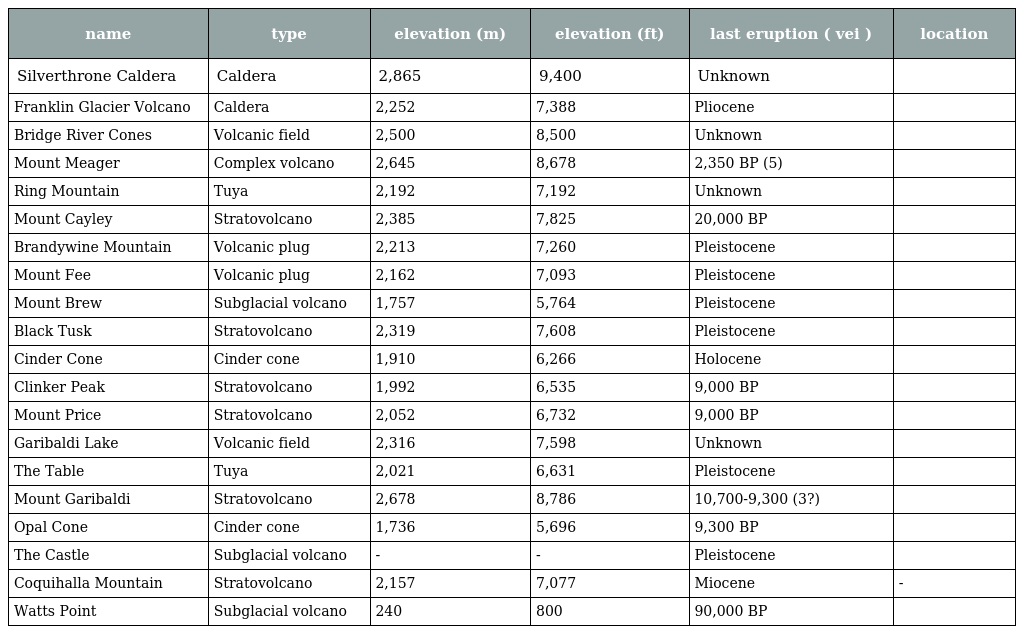
| name | type | elevation (m) | elevation (ft) | last eruption ( vei ) | location |
 | --- | --- | --- | --- | --- | --- |
 | Silverthrone Caldera | Caldera | 2,865 | 9,400 | Unknown |  |
 | Franklin Glacier Volcano | Caldera | 2,252 | 7,388 | Pliocene |  |
 | Bridge River Cones | Volcanic field | 2,500 | 8,500 | Unknown |  |
 | Mount Meager | Complex volcano | 2,645 | 8,678 | 2,350 BP (5) |  |
 | Ring Mountain | Tuya | 2,192 | 7,192 | Unknown |  |
 | Mount Cayley | Stratovolcano | 2,385 | 7,825 | 20,000 BP |  |
 | Brandywine Mountain | Volcanic plug | 2,213 | 7,260 | Pleistocene |  |
 | Mount Fee | Volcanic plug | 2,162 | 7,093 | Pleistocene |  |
 | Mount Brew | Subglacial volcano | 1,757 | 5,764 | Pleistocene |  |
 | Black Tusk | Stratovolcano | 2,319 | 7,608 | Pleistocene |  |
 | Cinder Cone | Cinder cone | 1,910 | 6,266 | Holocene |  |
 | Clinker Peak | Stratovolcano | 1,992 | 6,535 | 9,000 BP |  |
 | Mount Price | Stratovolcano | 2,052 | 6,732 | 9,000 BP |  |
 | Garibaldi Lake | Volcanic field | 2,316 | 7,598 | Unknown |  |
 | The Table | Tuya | 2,021 | 6,631 | Pleistocene |  |
 | Mount Garibaldi | Stratovolcano | 2,678 | 8,786 | 10,700-9,300 (3?) |  |
 | Opal Cone | Cinder cone | 1,736 | 5,696 | 9,300 BP |  |
 | The Castle | Subglacial volcano | - | - | Pleistocene |  |
 | Coquihalla Mountain | Stratovolcano | 2,157 | 7,077 | Miocene | - |
 | Watts Point | Subglacial volcano | 240 | 800 | 90,000 BP |  |